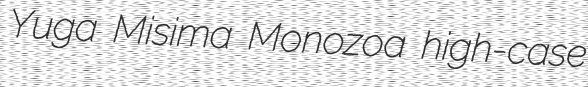
Yuga Misima Monozoa high-case